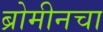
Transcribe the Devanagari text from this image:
ब्रोमीनचा